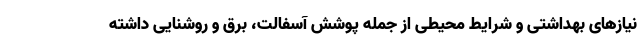
نیازهای بهداشتی و شرایط محیطی از جمله پوشش آسفالت، برق و روشنایی داشته